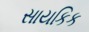
સાયકિક